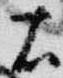
右